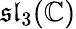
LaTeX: {\mathfrak{sl}}_{3}(\mathbb{C})